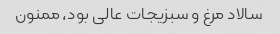
سالاد مرغ و سبزیجات عالی بود، ممنون